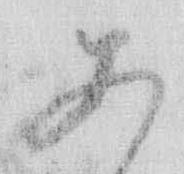
あ